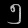
Digit: ၅